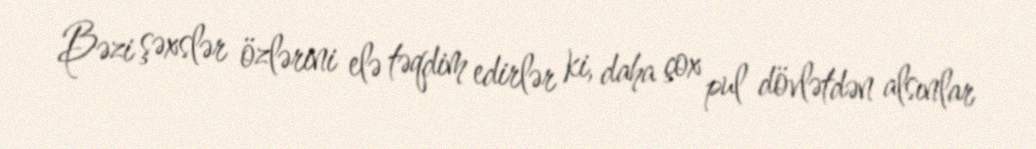
Bəzi şəxslər özlərini elə təqdim edirlər ki, daha çox pul dövlətdən alsınlar